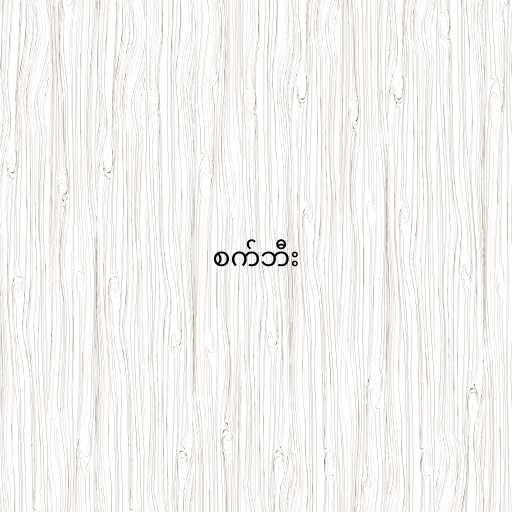
စက်ဘီး